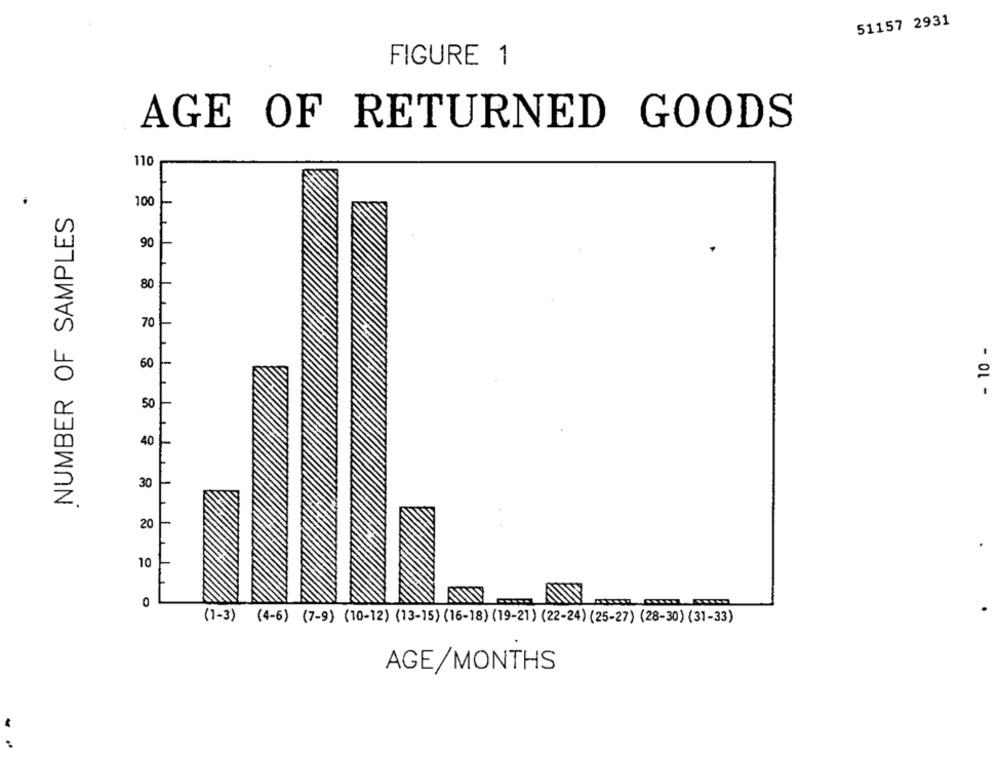
51157 2931
FIGURE 1
AGE OF RETURNED GOODS
110
100
NUMBER OF SAMPLES
90
80
70
- 10 -
60
50
40
30
20
10
0
(1-3) (4-6) (7-9) (10-12) (13-15) (16-18) (19-21) (22-24) (25-27) (28-30) (31-3)
AGE/MONTHS